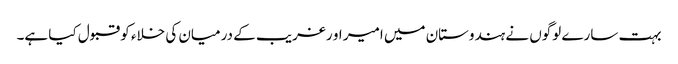
بہت سارے لوگوں نے ہندوستان میں امیر او رغریب کے درمیان کی خلاء کو قبول کیا ہے۔